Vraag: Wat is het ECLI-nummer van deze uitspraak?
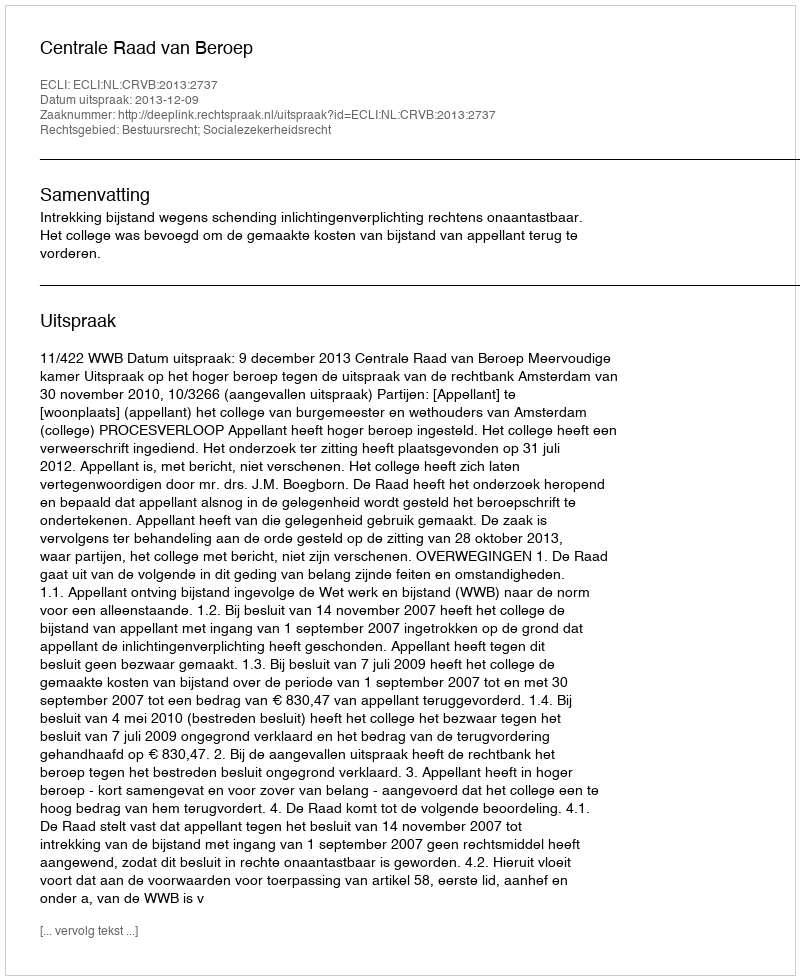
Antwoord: ECLI:NL:CRVB:2013:2737